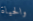
والحياة